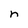
Character: n